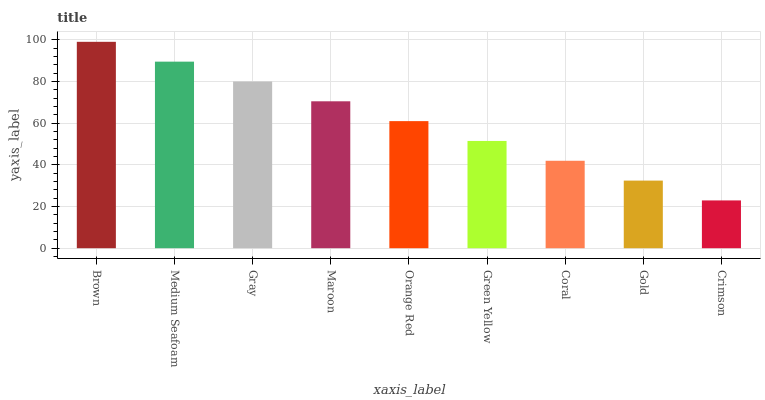
| xaxis_label | bars |
 | --- | --- |
 | Brown | 99 |
 | Medium Seafoam | 89.5 |
 | Gray | 80 |
 | Maroon | 70.5 |
 | Orange Red | 61 |
 | Green Yellow | 51.5 |
 | Coral | 41.9 |
 | Gold | 32.4 |
 | Crimson | 22.9 |